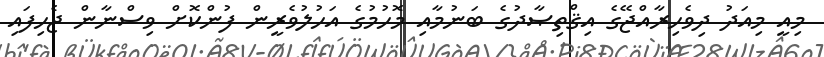
މިއީ މިއަދު ދިވެހިރާއްޖޭގެ އިޤްތިޞާދުގެ ބަނުމާއި މޮހުމުގެ އަހުލުވެރީން ފުންކޮށް ވިސްނާން ޖެހިފައި